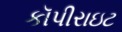
કૉપીરાઇટ